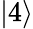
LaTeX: \lvert 4\rangle